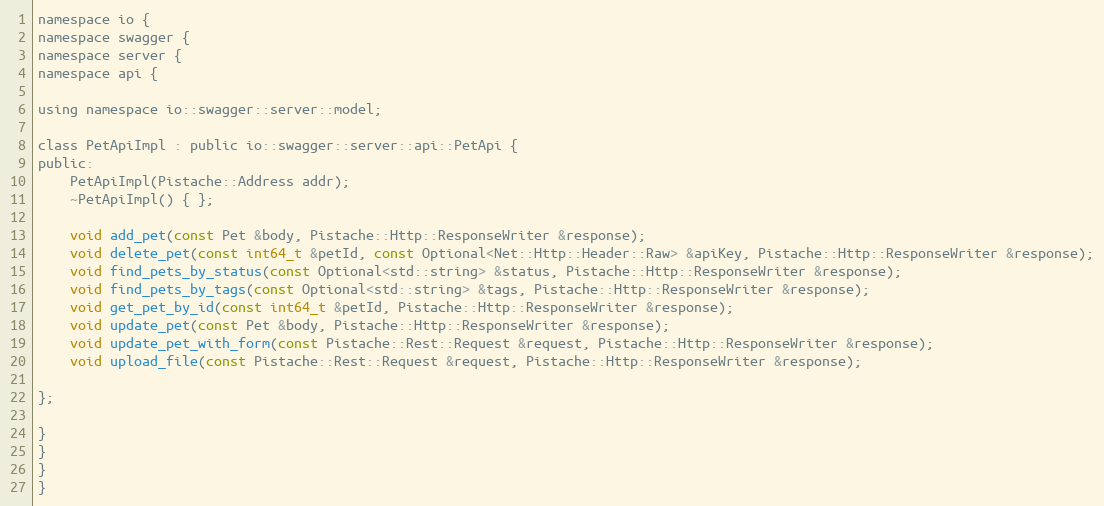
Language: C
namespace io {
namespace swagger {
namespace server {
namespace api {

using namespace io::swagger::server::model;

class PetApiImpl : public io::swagger::server::api::PetApi {
public:
    PetApiImpl(Pistache::Address addr);
    ~PetApiImpl() { };

    void add_pet(const Pet &body, Pistache::Http::ResponseWriter &response);
    void delete_pet(const int64_t &petId, const Optional<Net::Http::Header::Raw> &apiKey, Pistache::Http::ResponseWriter &response);
    void find_pets_by_status(const Optional<std::string> &status, Pistache::Http::ResponseWriter &response);
    void find_pets_by_tags(const Optional<std::string> &tags, Pistache::Http::ResponseWriter &response);
    void get_pet_by_id(const int64_t &petId, Pistache::Http::ResponseWriter &response);
    void update_pet(const Pet &body, Pistache::Http::ResponseWriter &response);
    void update_pet_with_form(const Pistache::Rest::Request &request, Pistache::Http::ResponseWriter &response);
    void upload_file(const Pistache::Rest::Request &request, Pistache::Http::ResponseWriter &response);

};

}
}
}
}